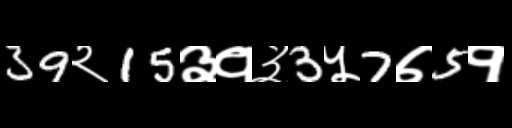
Text: 39२15३१३3५7७5१